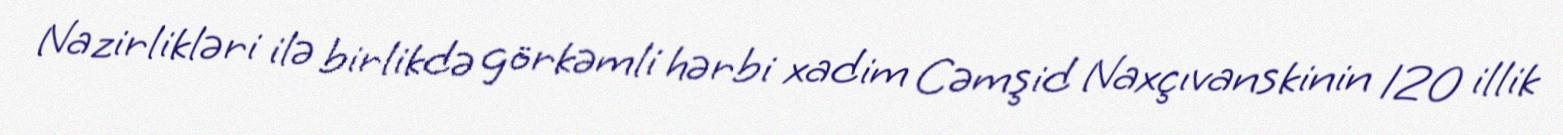
Nazirlikləri ilə birlikdə görkəmli hərbi xadim Cəmşid Naxçıvanskinin 120 illik